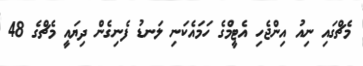
މެޗްގައި ނިއު އިންޖެހި އެޓީމްގެ ހަމައެކަނި ލަނޑު ފެނިގެން ދިޔައީ މެޗްގެ 48